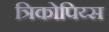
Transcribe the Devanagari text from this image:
त्रिकोपिय्स